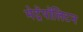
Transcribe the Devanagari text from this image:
मेट्रॅपॉलिटन